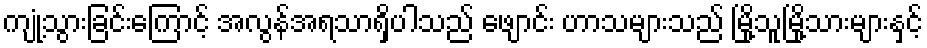
ကျုံ့သွားခြင်းကြောင့် အလွန်အရသာရှိပါသည် ဖျောင်း ဟာသများသည် မြို့သူမြို့သားများနှင့်